Report of an investigation of the epidemic of malarial fever in Assam, or, kala-azar
Disease focus: Malaria
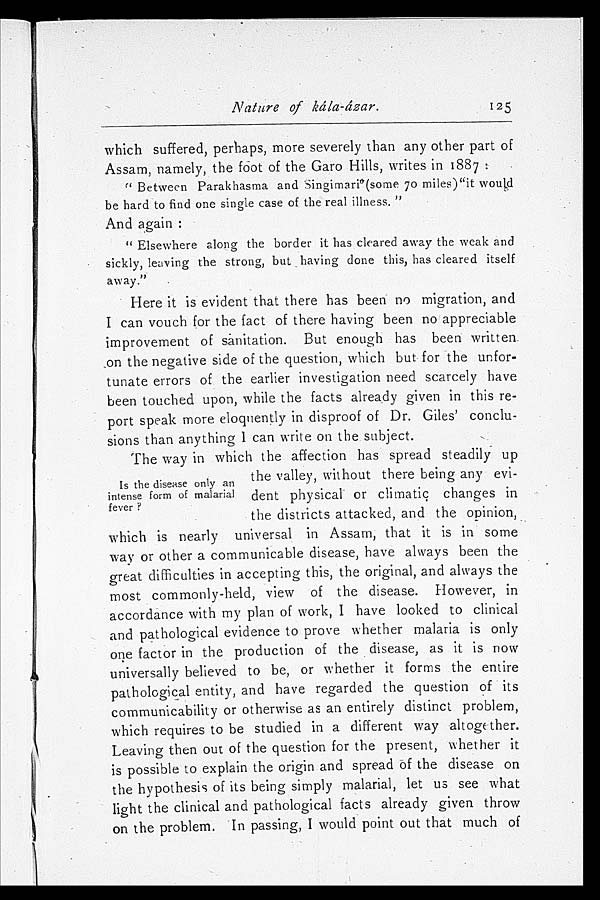
Nature of Kála-ázar.
125
which suffered, perhaps, more severely than any other part of
Assam, namely, the foot of the Garo Hills, writes in 1887:
"Between Parakhasma and Singimari" (some 70 miles)"it would
be hard to find one single case of the real illness."
And again:
"Elsewhere along the border it has cleared away the weak and
sickly, leaving the strong, but having done this, has cleared itself
away."
Here it is evident that there has been no migration, and
I can vouch for the fact of there having been no appreciable
improvement of sanitation. But enough has been written.
on the negative side of the question, which but for the unfor
-tunate errors of the earlier investigation need scarcely have
been touched upon, while the facts already given in this re
-port speak more eloquently in disproof of Dr. Giles' conclu
-sions than anything I can write on the subject.
I s t h e d i s e a s e s o n l y a n
i n t e n s e f o r m o f m a l a r i a l
f e v e r ? The way in which the affection has spread steadily up
the valley, without there being any evi-
the districts attacked, and the opinion,
which is nearly universal in Assam, that it is in some
way or other a communicable disease, have always been the
great difficulties in accepting this, the original, and always the
most commonly-held, view of the disease. However, in
accordance with my plan of work, I have looked to clinical
and pathological evidence to prove whether malaria is only
one factor in the production of the disease, as it is now
universally believed to be, or whether it forms the entire
pathological entity, and have regarded the question of its
communicability or otherwise as an entirely distinct problem,
which requires to be studied in a different way .altogether.
Leaving then out of the question for the present, whether it
is possible to explain the origin and spread of the disease on
the hypothesis of its being simply malarial, let us see what
light the clinical and pathological facts already given throw
on the problem. In passing, I would point out that much of